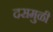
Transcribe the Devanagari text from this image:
दसमुळी